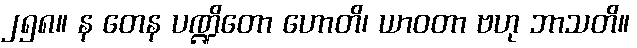
၂၅၈။ န တေန ပဏ္ဍိတော ဟောတိ၊ ယာဝတာ ဗဟု ဘာသတိ။